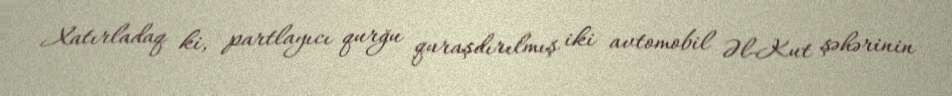
Xatırladaq ki, partlayıcı qurğu quraşdırılmış iki avtomobil Əl-Kut şəhərinin